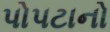
પોપટાનો